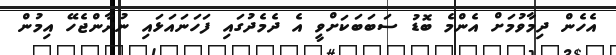
އެހެން ދިމާވުމަށް އެންމެ ބޮޑު ސަބަބަކަށްވީ އެ ދެމެދުގައި ފަހަނައަޅައި ނުދާންޖެހޭ އިމުން